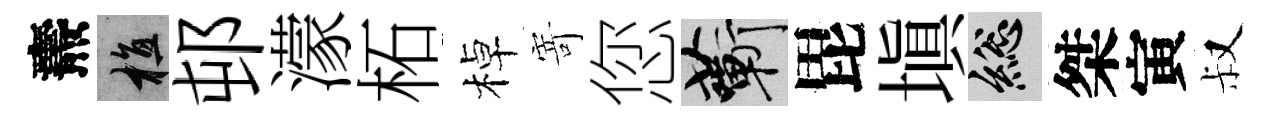
燾植邨濛柘棹𭔃您蔪毘塡總桀寅叔